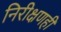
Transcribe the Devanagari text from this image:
निरीक्षणही